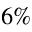
6 \%